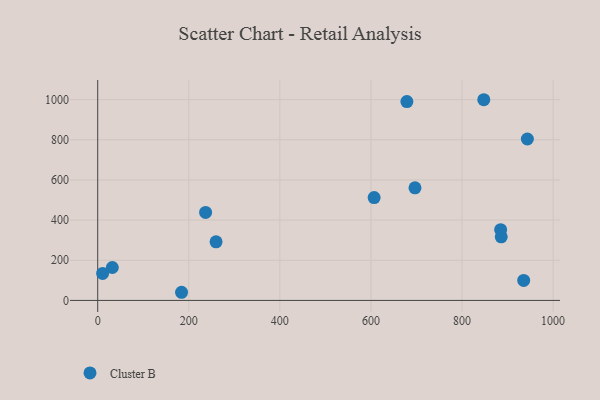
{"axis": {"x": "Price", "y": "Profit"}, "legend": ["Cluster B"], "data": [{"x": "607.0", "y": 512.2, "type": "Cluster B"}, {"x": "886.1", "y": 316.6, "type": "Cluster B"}, {"x": "678.9", "y": 990.3, "type": "Cluster B"}, {"x": "696.7", "y": 560.6, "type": "Cluster B"}, {"x": "847.8", "y": 999.5, "type": "Cluster B"}, {"x": "935.4", "y": 99.7, "type": "Cluster B"}, {"x": "184.1", "y": 40.5, "type": "Cluster B"}, {"x": "884.8", "y": 352.4, "type": "Cluster B"}, {"x": "943.5", "y": 803.9, "type": "Cluster B"}, {"x": "236.9", "y": 438.4, "type": "Cluster B"}, {"x": "10.8", "y": 134.3, "type": "Cluster B"}, {"x": "259.9", "y": 292.0, "type": "Cluster B"}, {"x": "32.1", "y": 163.8, "type": "Cluster B"}]}